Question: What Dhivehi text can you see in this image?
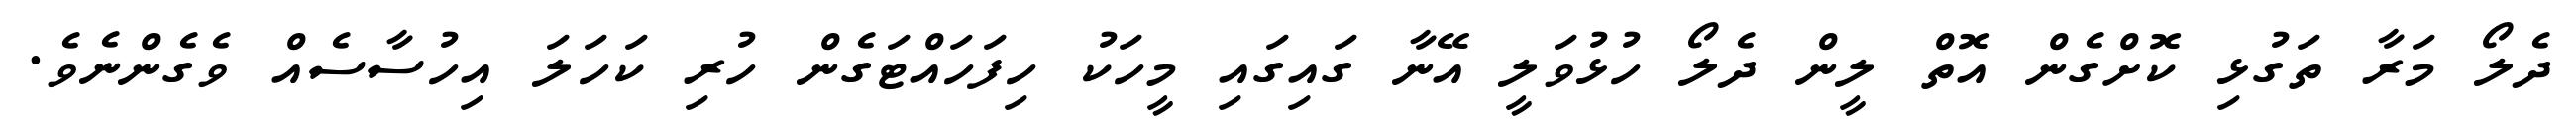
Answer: ދެލޯ މަރާ ތަގުޅި ކޮށްގެން އޮތް ލީން ދެލޯ ހުޅުވަލީ އޭނާ ގައިގައި މީހަކު ހިފަހައްޓަގެން ހުރި ކަހަލަ އިހުސާސެއް ވެގެންނެވެ.